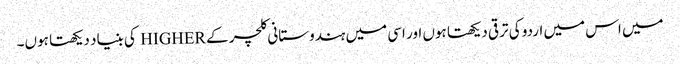
میں اس میں اردو کی ترقی دیکھتا ہوں اور اسی میں ہندوستانی کلچر کے HIGHER کی بنیاد دیکھتا ہوں۔